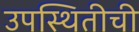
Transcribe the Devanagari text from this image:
उपस्थितीची